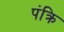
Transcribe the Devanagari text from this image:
पंक्रि